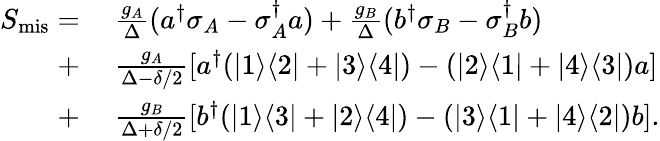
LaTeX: \begin{array}{rl}{S_{\mathrm{mis}}=}&{~\frac{g_{A}}{\Delta}(a^{\dagger}\sigma_{A}-\sigma_{A}^{\dagger}a)+\frac{g_{B}}{\Delta}(b^{\dagger}\sigma_{B}-\sigma_{B}^{\dagger}b)}\\ {+}&{~\frac{g_{A}}{\Delta-\delta/2}[a^{\dagger}(|1\rangle\langle 2|+|3\rangle\langle 4|)-(|2\rangle\langle 1|+|4\rangle\langle 3|)a]}\\ {+}&{~\frac{g_{B}}{\Delta+\delta/2}[b^{\dagger}(|1\rangle\langle 3|+|2\rangle\langle 4|)-(|3\rangle\langle 1|+|4\rangle\langle 2|)b].}\end{array}